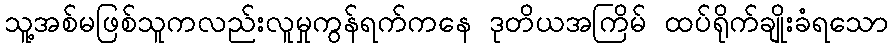
သူ့အစ်မဖြစ်သူကလည်းလူမှုကွန်ရက်ကနေ ဒုတိယအကြိမ် ထပ်ရိုက်ချိုးခံရသော